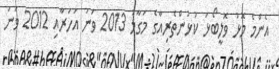
އެންމެ މޮޅު ވޮލީބޯޅަ ކުޅުންތެރިއާގެ މަގާމު 2013 ވަނަ އަހަރާއި 2012 ވަނަ